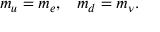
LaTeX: \begin{array} { c c } { { m _ { u } = m _ { e } , } } & { { m _ { d } = m _ { \nu } . } } \end{array}